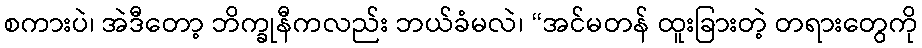
စကားပဲ၊ အဲဒီတော့ ဘိက္ခုနီကလည်း ဘယ်ခံမလဲ၊ “အင်မတန် ထူးခြားတဲ့ တရားတွေကို